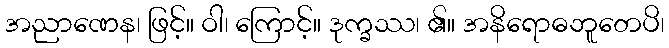
အညာဏေန၊ ဖြင့်။ ဝါ၊ ကြောင့်။ ဒုက္ခဿ၊ ၏။ အနိရောဓဘူတေပိ၊